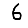
Digit: 6